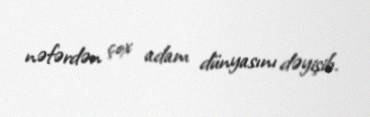
nəfərdən çox adam dünyasını dəyişib.